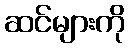
ဆင်များကို